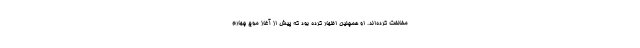
مخالفت کرده‌اند. او همچنین اظهار کرده بود که پیش از آغاز موج چهارم